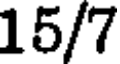
15/7